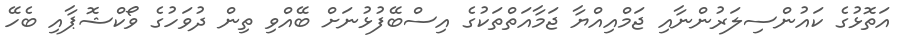
އަތޮޅުގެ ކައުންސިލަރުންނާއި ޖަމްއިއްޔާ ޖަމާއަތްތަކުގެ އިސްބޭފުޅުނަށް ބޭއްވި ތިން ދުވަހުގެ ވޯކްޝޮޕާއި ބެހޭ